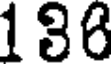
196